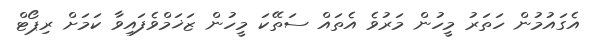
އެގައުމުން ހަތަރު މީހުން މަރުވެ އެތައް ސަތޭކަ މީހުން ޒަޚަމްވެފައިވާ ކަމަށް ރިޕޯޓް